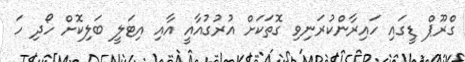
ގްރޫޕް ޑީގައި ހައިރާންކުރަނިވި ގޮތަކަށް އުރުގުއާއީ އާއި އިޓަލީ ބަލިކޮށް ހޯދި ހަ